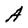
Character: A